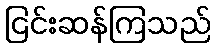
ငြင်းဆန်ကြသည်